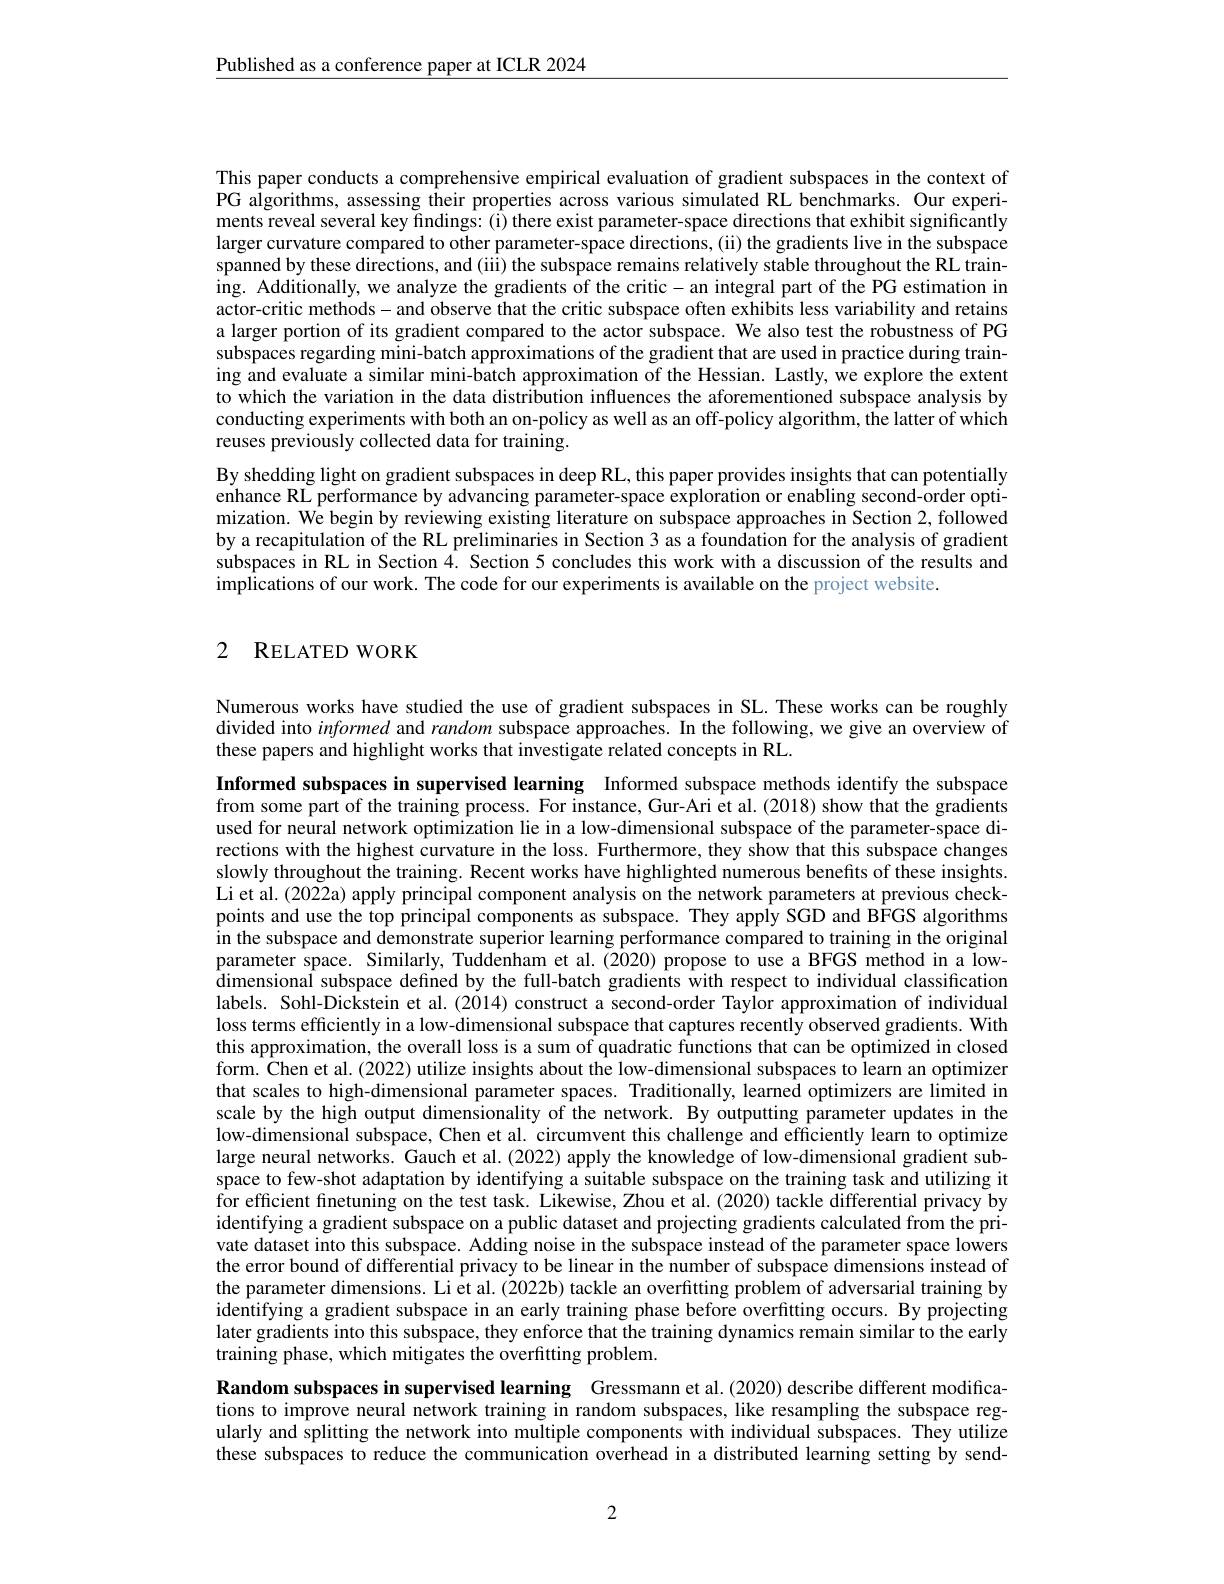
$\underline{\text{Published as a conference paper at ICLR 2024}}$

This paper conducts a comprehensive empirical evaluation of gradient subspaces in the context of PG algorithms, assessing their properties across various simulated RL benchmarks. Our experiments reveal several key findings: (i) there exist parameter-space directions that exhibit significantly larger curvature compared to other parameter-space directions, (ii) the gradients live in the subspace spanned by these directions, and (iii) the subspace remains relatively stable throughout the RL training. Additionally, we analyze the gradients of the critic- an integral part of the PG estimation in actor-critic methods-and observe that the critic subspace often exhibits less variability and retains a larger portion of its gradient compared to the actor subspace. We also test the robustness of PG subspaces regarding mini-batch approximations of the gradient that are used in practice during training and evaluate a similar mini-batch approximation of the Hessian. Lastly, we explore the extent to which the variation in the data distribution influences the aforementioned subspace analysis by conducting experiments with both an on-policy as well as an off-policy algorithm, the latter of which reuses previously collected data for training.
By shedding light on gradient subspaces in deep RL, this paper provides insights that can potentially enhance RL performance by advancing parameter-space exploration or enabling second-order optimization. We begin by reviewing existing literature on subspace approaches in Section 2, followed by a recapitulation of the RL preliminaries in Section 3 as a foundation for the analysis of gradient subspaces in RL in Section 4. Section 5 concludes this work with a discussion of the results and implications of our work. The code for our experiments is available on the project website.

### 2 $\mathbf{R}$ELATED WORK

Numerous works have studied the use of gradient subspaces in SL. These works can be roughly divided into informed and random subspace approaches. In the following, we give an overview of these papers and highlight works that investigate related concepts in RL.

Informed subspaces in supervised learning Informed subspace methods identify the subspace from some part of the training process. For instance, Gur-Ari et al. (2018) show that the gradients used for neural network optimization lie in a low-dimensional subspace of the parameter-space directions with the highest curvature in the loss. Furthermore, they show that this subspace changes slowly throughout the training. Recent works have highlighted numerous benefits of these insights. Li et al. (2022a) apply principal component analysis on the network parameters at previous checkpoints and use the top principal components as subspace. They apply SGD and BFGS algorithms in the subspace and demonstrate superior learning performance compared to training in the original parameter space. Similarly, Tuddenham et al.(2020) propose to use a BFGS method in a low- $\hat{\text{dimensional subspace defined by the full-batch gradients with respect to individual classification}}$ labels. Sohl-Dickstein et al.(2014) construct a second-order Taylor approximation of individual loss terms efficiently in a low-dimensional subspace that captures recently observed gradients. With this approximation, the overall loss is a sum of quadratic functions that can be optimized in closed form. $\hat{\text{Chen et al.(2022) utilize insights about the low-dimensional subspaces to learn an optimizer}}$ that scales to high-dimensional parameter spaces. Traditionally, learned optimizers are limited in scale by the high output dimensionality of the network. By outputting parameter updates in the low-dimensional subspace, Chen et al. circumvent this challenge and efficiently learn to optimize large neural networks. Gauch et al. (2022) apply the knowledge of low-dimensional gradient subspace to few-shot adaptation by identifying a suitable subspace on the training task and utilizing it for efficient finetuning on the test task. Likewise, Zhou et al. (2020) tackle differential privacy by identifying a gradient subspace on a public dataset and projecting gradients calculated from the private dataset into this subspace. Adding noise in the subspace instead of the parameter space lowers the error bound of differential privacy to be linear in the number of subspace dimensions instead of the parameter dimensions. Li et al. (2022b) tackle an overfitting problem of adversarial training by identifying a gradient subspace in an early training phase before overfıtting occurs. By projecting later gradients into this subspace, they enforce that the training dynamics remain similar to the early training phase, which mitigates the overfitting problem.
Random subspaces in supervised learning Gressmann et al.(2020) describe different modifica-

tions to improve neural network training in random subspaces, like resampling the subspace regularly and splitting the network into multiple components with individual subspaces. They utilize these subspaces to reduce the communication overhead in a distributed learning setting by send-

2